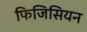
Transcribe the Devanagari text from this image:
फिजिसियन